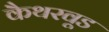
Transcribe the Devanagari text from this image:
कैथरवूड